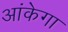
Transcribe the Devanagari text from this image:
आंकेगा